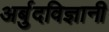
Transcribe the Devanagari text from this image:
अर्बुदविज्ञानी